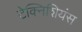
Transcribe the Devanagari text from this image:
टेक्निशियंस